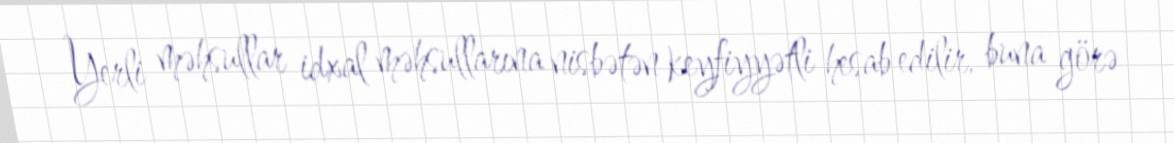
Yerli məhsullar idxal məhsullarına nisbətən keyfiyyətli hesab edilir, buna görə